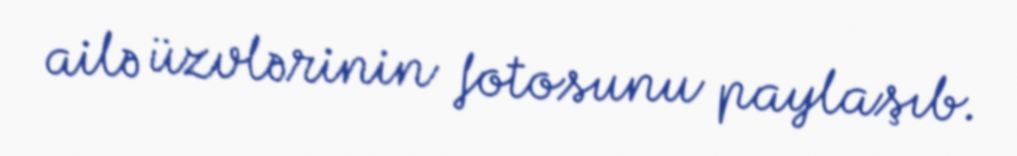
ailə üzvlərinin fotosunu paylaşıb.